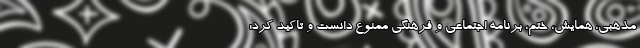
مذهبی، همایش، ختم، برنامه اجتماعی و فرهنگی ممنوع دانست و تاکید کرد: